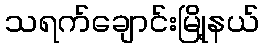
သရက်ချောင်းမြို့နယ်